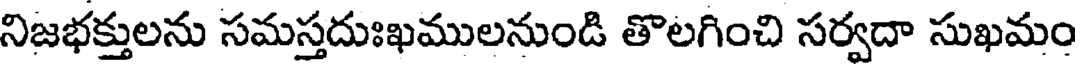
నిజభక్తులను సమస్తదుఃఖములనుండి తొలగించి సర్వదా సుఖమం